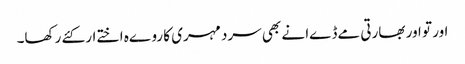
اور تو اور بھارتی مےڈےا نے بھی سرد مہری کا روےہ اختےار کئے رکھا۔